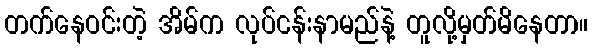
တက်နေဝင်းတဲ့ အိမ်က လုပ်ငန်းနာမည်နဲ့ တူလို့မှတ်မိနေတာ။